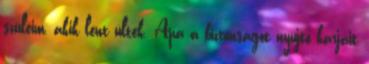
szüleim, akik lent ültek. Apa a biztonságot nyújtó karjait